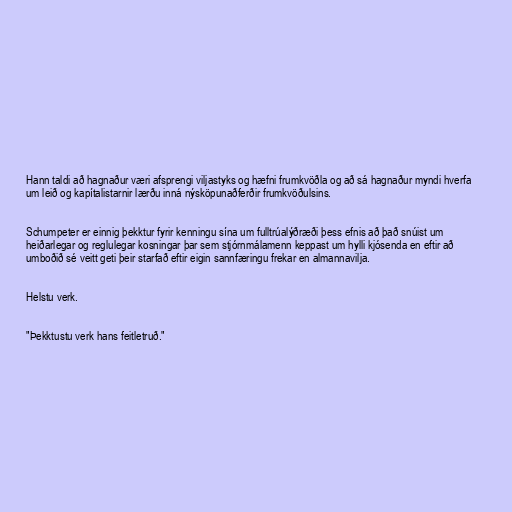
Hann taldi að hagnaður væri afsprengi viljastyks og hæfni frumkvöðla og að sá hagnaður myndi hverfa
um leið og kapítalistarnir lærðu inná nýsköpunaðferðir frumkvöðulsins.

Schumpeter er einnig þekktur fyrir kenningu sína um fulltrúalýðræði þess efnis að það snúist um
heiðarlegar og reglulegar kosningar þar sem stjórnmálamenn keppast um hylli kjósenda en eftir að
umboðið sé veitt geti þeir starfað eftir eigin sannfæringu frekar en almannavilja.

Helstu verk.

"Þekktustu verk hans feitletruð."